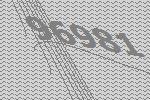
96981